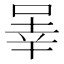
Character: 𪡒